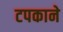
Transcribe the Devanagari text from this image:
टपकाने